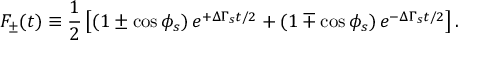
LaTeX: F _ { \pm } ( t ) \equiv \frac { 1 } { 2 } \left[ \left( 1 \pm \cos \phi _ { s } \right) e ^ { + \Delta \Gamma _ { s } t / 2 } + \left( 1 \mp \cos \phi _ { s } \right) e ^ { - \Delta \Gamma _ { s } t / 2 } \right] .